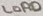
Text: LOAD